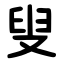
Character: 叟